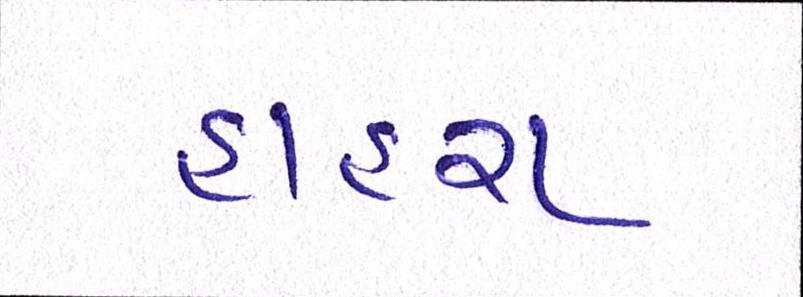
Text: હાહરા